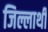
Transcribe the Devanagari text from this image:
जिल्लाथी